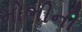
મોભીની